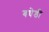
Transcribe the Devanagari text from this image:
बघेडी